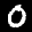
Digit: 0